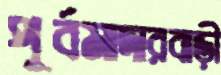
পূর্বমাদারবাড়ী